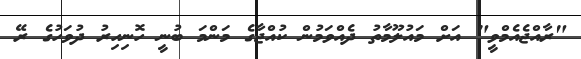
"ރާއްޖެއެމްވީ" އަށް މައުލޫމާތު ދެއްވަމުން ކުއްޖާގެ މަންމަ ބުނީ ހޮނިހިރު ދުވަހުގެ ރޭ